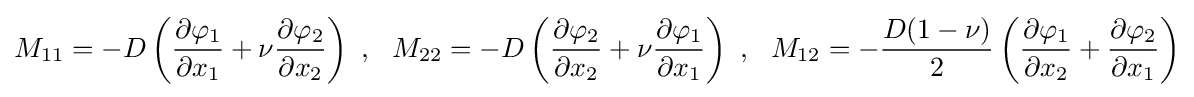
M_{11}=-D\left({\frac {\partial \varphi _{1}}{\partial x_{1}}}+\nu {\frac {\partial \varphi _{2}}{\partial x_{2}}}\right)~,~~M_{22}=-D\left({\frac {\partial \varphi _{2}}{\partial x_{2}}}+\nu {\frac {\partial \varphi _{1}}{\partial x_{1}}}\right)~,~~M_{12}=-{\frac {D(1-\nu )}{2}}\left({\frac {\partial \varphi _{1}}{\partial x_{2}}}+{\frac {\partial \varphi _{2}}{\partial x_{1}}}\right)